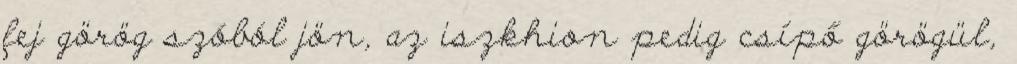
fej görög szóból jön, az iszkhion pedig csípő görögül,